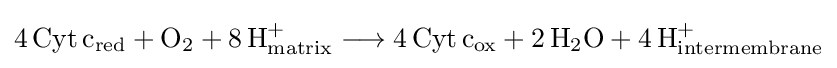
{4\,\mathrm {Cyt} \,\mathrm {c} {\vphantom {A}}_{\smash[{t}]{\mathrm {red} }}{}+{}\mathrm {O} {\vphantom {A}}_{\smash[{t}]{2}}{}+{}8\,\mathrm {H} {\vphantom {A}}_{\smash[{t}]{\mathrm {matrix} }}^{+}{}\mathrel {\longrightarrow } {}4\,\mathrm {Cyt} \,\mathrm {c} {\vphantom {A}}_{\smash[{t}]{\mathrm {ox} }}{}+{}2\,\mathrm {H} {\vphantom {A}}_{\smash[{t}]{2}}\mathrm {O} {}+{}4\,\mathrm {H} {\vphantom {A}}_{\smash[{t}]{\mathrm {intermembrane} }}^{+}}